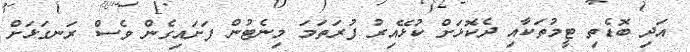
އަދި ބޮޑެތި ޓީމުތަކާއި ދެކޮޅަށް ކުޅޭއިރު ފުރަތަމަ މިނެޓުން ފަށައިގެން ވެސް ރަނގަޅަށް